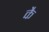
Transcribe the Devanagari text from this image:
कै